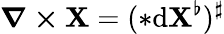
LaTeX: \boldsymbol{\nabla\times\mathbf{X}}=({*}\mathrm{{d}}\boldsymbol{\mathbf{X}}^{\flat})^{\sharp}